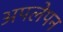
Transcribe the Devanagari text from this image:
अपलेपन